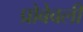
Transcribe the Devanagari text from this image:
प्रोबेबली